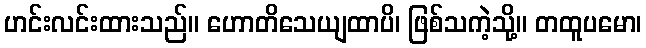
ဟင်းလင်းထားသည်။ ဟောတိသေယျထာပိ၊ ဖြစ်သကဲ့သို့။ တထူပမော၊